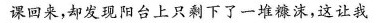
课回来，却发现阳台上只剩下一摊糠沫，这让我